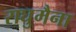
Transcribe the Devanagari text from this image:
राघुमैना